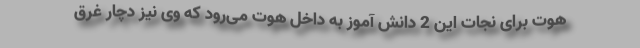
هوت برای نجات این 2 دانش آموز به داخل هوت می‌رود که وی نیز دچار غرق